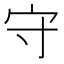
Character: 守